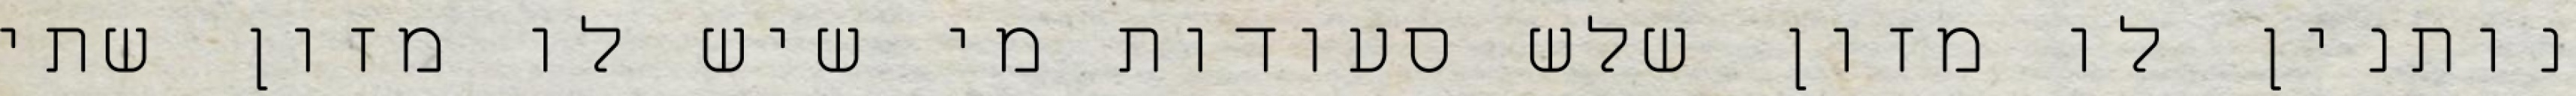
נותנין לו מזון שלש סעודות מי שיש לו מזון שתי